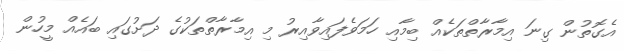
އެގޮތުން ގިނަ އިމާރާތްތަކެއް ބިމާއި ހަމަވެފައިވާއިރު މި އިމާރާތްތަކުގެ ދަށުގައި ބައެއް މީހުން